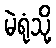
မဲရုံသို့